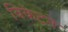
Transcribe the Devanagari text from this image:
विकेटने